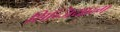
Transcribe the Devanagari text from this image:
शिन्जियान्ग